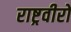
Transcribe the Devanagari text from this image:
राष्ट्रवीरों